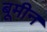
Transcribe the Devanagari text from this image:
बूमीन